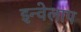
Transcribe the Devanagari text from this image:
इन्वेलाप